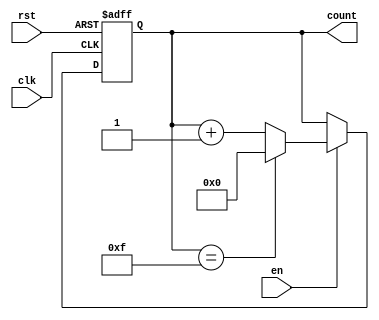
module MemoryBlocksUpCounter #(
    parameter INITIAL_VALUE = 0,  // Initial value of the counter
    parameter MAX_VALUE = 15,      // Maximum value of the counter
    parameter WIDTH = 4             // Bit width of the counter (based on MAX_VALUE)
)(
    input wire clk,                // Clock input
    input wire rst,                // Reset input
    input wire en,                 // Enable input
    output reg [WIDTH-1:0] count   // Current count output
);

    // Always block for counter logic
    always @(posedge clk or posedge rst) begin
        if (rst) begin
            // Asynchronous reset to initial value
            count <= INITIAL_VALUE;
        end else if (en) begin
            // Increment the counter if enabled
            if (count == MAX_VALUE) begin
                count <= INITIAL_VALUE; // Wrap around to initial value
            end else begin
                count <= count + 1; // Increment the counter
            end
        end
    end

endmodule